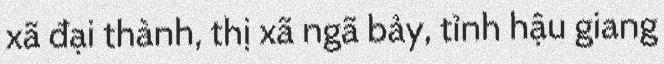
xã đại thành, thị xã ngã bảy, tỉnh hậu giang